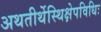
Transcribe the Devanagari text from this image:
अथतीर्थेस्थिक्षेपविधिः